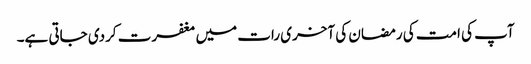
آپ کی امت کی رمضان کی آخری رات میں مغفرت کردی جاتی ہے۔